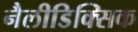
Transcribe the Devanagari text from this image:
नैलीडिक्सिक